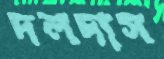
দলদাস